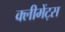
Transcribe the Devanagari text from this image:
क्लीमेंट्स